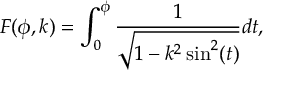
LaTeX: F ( \phi , k ) = \int _ { 0 } ^ { \phi } { \frac { 1 } { \sqrt { 1 - k ^ { 2 } \sin ^ { 2 } ( t ) } } } d t ,